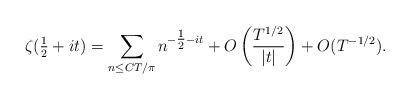
LaTeX: \begin{align*} \zeta(\tfrac{1}{2} +it) = \sum_{n \leq CT/\pi}{n^{-\tfrac{1}{2} - it}} + O \left(\frac{T^{1/2}}{\vert t \vert} \right)+ O(T^{-1/2}). \end{align*}